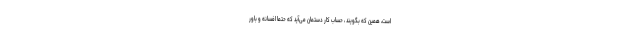
است، همین که بگویند ، حساب کار دستمان می‌آید که حتما افسانه و باور